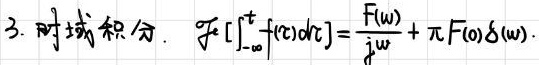
3. 时域积分：$\mathcal{F}\left[\int_{-\infty}^{t} f(\tau) \mathrm{d} \tau\right]=\frac{F(\omega)}{\mathrm{j} \omega}+\pi F(0) \delta(\omega)$